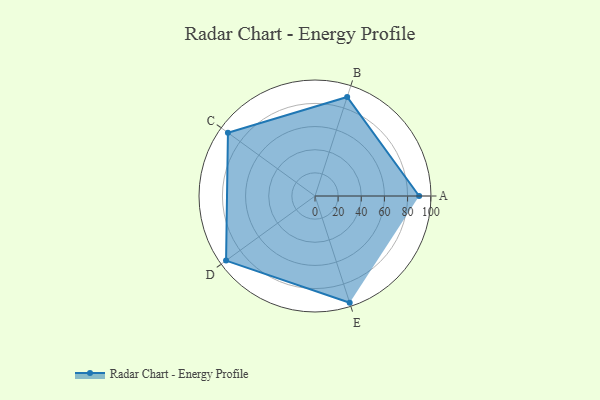
{"axis": {"x": "Skill", "y": "Score"}, "legend": ["Profile"], "data": [{"x": "A", "y": 90.0, "type": "Profile"}, {"x": "B", "y": 90.0, "type": "Profile"}, {"x": "C", "y": 93.0, "type": "Profile"}, {"x": "D", "y": 95.0, "type": "Profile"}, {"x": "E", "y": 97.0, "type": "Profile"}]}